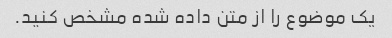
یک موضوع را از متن داده شده مشخص کنید.